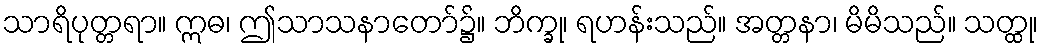
သာရိပုတ္တရာ။ ဣဓ၊ ဤသာသနာတော်၌။ ဘိက္ခု၊ ရဟန်းသည်။ အတ္တနာ၊ မိမိသည်။ သတ္ထု၊